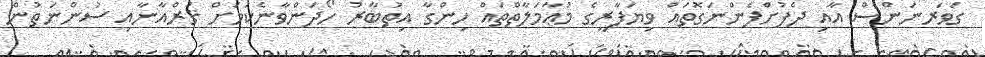
ގަވަރނަންސް އާއި ދެފުށްފެންނަގޮތައް ވިޔަފާރީގެ މުޢާމަލާތްތައް ހިންގާ އިތުބާރު ހޯދަންވާނެކަމަށް ޤުރްއާނާއި ސުންނަތުން